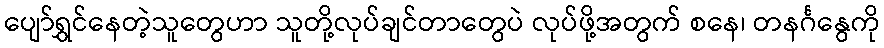
ပျော်ရွှင်နေတဲ့သူတွေဟာ သူတို့လုပ်ချင်တာတွေပဲ လုပ်ဖို့အတွက် စနေ၊ တနင်္ဂနွေကို